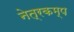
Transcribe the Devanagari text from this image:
नेत्रकम्प